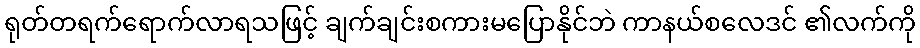
ရုတ်တရက်ရောက်လာရသဖြင့် ချက်ချင်းစကားမပြောနိုင်ဘဲ ကာနယ်စလေဒင် ၏လက်ကို